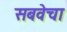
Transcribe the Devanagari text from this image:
सबवेचा